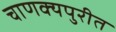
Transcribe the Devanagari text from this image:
चाणक्यपुरीत